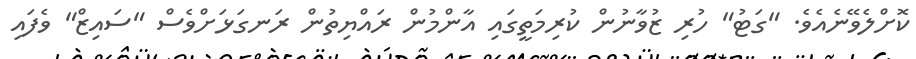
ކޮށްލެވޭނެއެވެ. "ގަޓު" ހުރި ޒުވާނުން ކުރިމަތީގައި އާންމުން ރައްޔިތުން ރަނގަޅަށްވެސް "ސައިޒް" ވެފައި